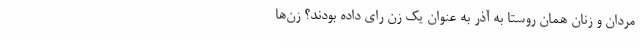
مردان و زنان همان روستا به آذر به عنوان یک زن رای داده بودند؟ زن‌ها